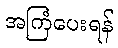
အကြံပေးရန်